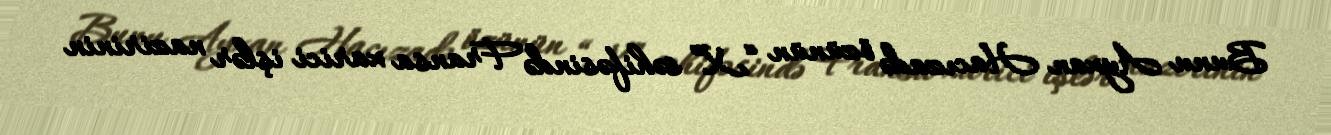
Bunu Ayxan Hacızadə özünün “X” səhifəsində Fransa xarici işlər nazirinin